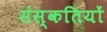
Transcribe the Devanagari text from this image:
संस्कतियों